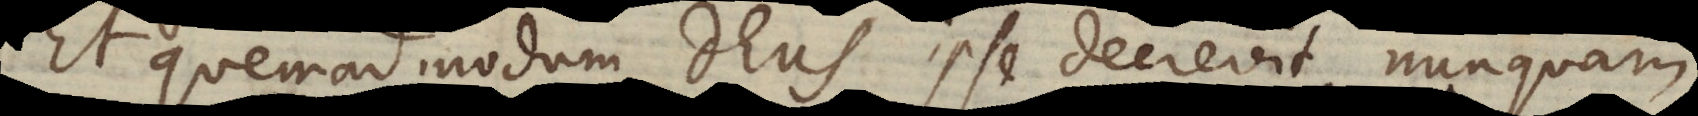
Et quemadmodum Deus ipse decrevit nunquam